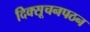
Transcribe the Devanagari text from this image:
दिक्सूचनपठन